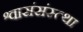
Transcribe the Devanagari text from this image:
श्वासंसंस्त्था